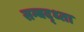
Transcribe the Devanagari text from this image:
सम्बद्ध्ता